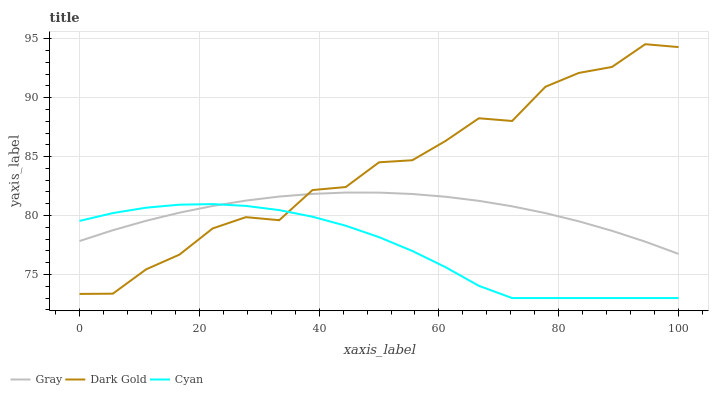
| xaxis_label | Gray | Dark Gold | Cyan |
 | --- | --- | --- | --- |
 | 0 | 77.8 | 73.4 | 79.5 |
 | 5.56 | 78.8 | 73.4 | 80.2 |
 | 11.1 | 79.6 | 75.4 | 80.7 |
 | 16.7 | 80.2 | 76.7 | 80.9 |
 | 22.2 | 80.8 | 78.9 | 81 |
 | 27.8 | 81.3 | 79.9 | 80.8 |
 | 33.3 | 81.6 | 79.6 | 80.5 |
 | 38.9 | 81.8 | 82.2 | 79.9 |
 | 44.4 | 81.9 | 82.4 | 79.1 |
 | 50 | 81.9 | 84.5 | 78.2 |
 | 55.6 | 81.8 | 84.7 | 77 |
 | 61.1 | 81.6 | 86.3 | 75.6 |
 | 66.7 | 81.2 | 88.3 | 74 |
 | 72.2 | 80.8 | 88 | 73 |
 | 77.8 | 80.2 | 90.9 | 73 |
 | 83.3 | 79.5 | 92.1 | 73 |
 | 88.9 | 78.7 | 92.6 | 73 |
 | 94.4 | 77.8 | 94.5 | 73 |
 | 100 | 76.7 | 94.3 | 73 |